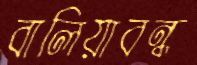
বালিয়াবন্ধ